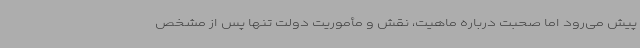
پیش می‌رود اما صحبت درباره ماهیت، نقش و مأموریت دولت تنها پس از مشخص